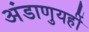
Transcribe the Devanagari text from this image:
अंडाणुयहीं